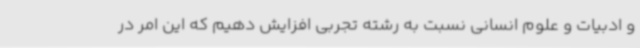
و ادبیات و علوم انسانی نسبت به رشته تجربی افزایش دهیم که این امر در